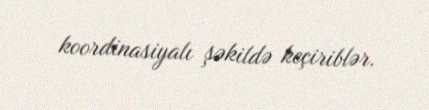
koordinasiyalı şəkildə keçiriblər.